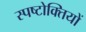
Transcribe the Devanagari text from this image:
स्पष्टोक्तियों